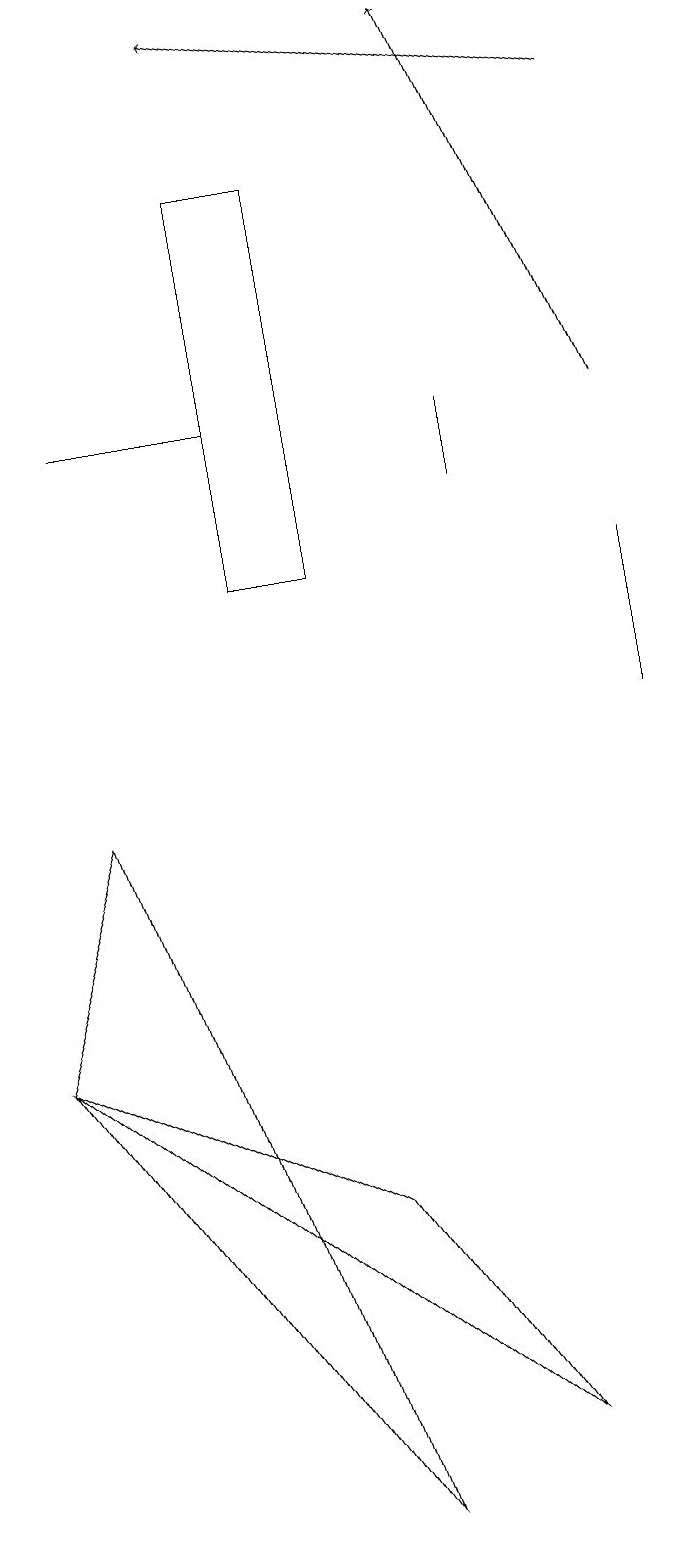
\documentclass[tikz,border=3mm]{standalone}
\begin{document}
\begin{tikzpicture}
\draw[->] (8,14) -- (6,19);
\draw[->] (8,18) -- (3,19);
\draw (1,9) -- (0,6) -- (4,0) -- cycle;
\draw (8,12) rectangle (8,10);
\draw (4,12) rectangle (3,17);
\draw (6,14) rectangle (6,13);
\draw (1,14) rectangle (3,14);
\draw (0,6) -- (4,4) -- (6,1) -- cycle;
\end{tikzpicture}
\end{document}